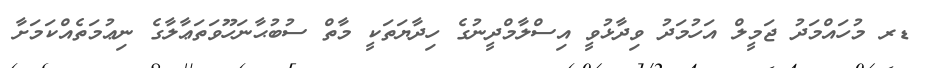
ޑރ މުހައްމަދު ޖަމީލް އަހުމަދު ވިދާޅުވީ އިސްލާމްދީނުގެ ހިދާޔަތަކީ މާތް ސުބުޙާނަހޫވަތަޢާލާގެ ނިޢުމަތެއްކަމަށާ